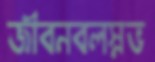
জীবনবলস্নভ